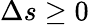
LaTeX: \Delta s\ge 0